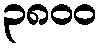
၃၈၀၀